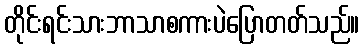
တိုင်းရင်းသားဘာသာစကားပဲပြောတတ်သည်။